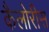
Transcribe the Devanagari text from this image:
कैलोरीस